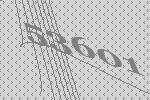
53601